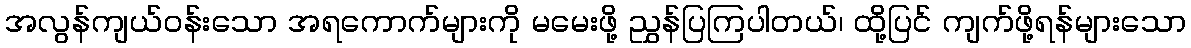
အလွန်ကျယ်ဝန်းသော အရကောက်များကို မမေးဖို့ ညွှန်ပြကြပါတယ်၊ ထို့ပြင် ကျက်ဖို့ရန်များသော